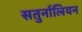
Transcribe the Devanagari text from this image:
सतुर्नालियन